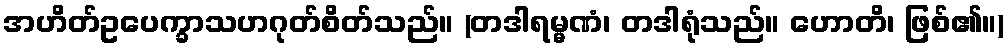
အဟိတ်ဥပေက္ခာသဟဂုတ်စိတ်သည်။ (တဒါရမ္မဏံ၊ တဒါရုံသည်။ ဟောတိ၊ ဖြစ်၏။)